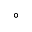
\circ